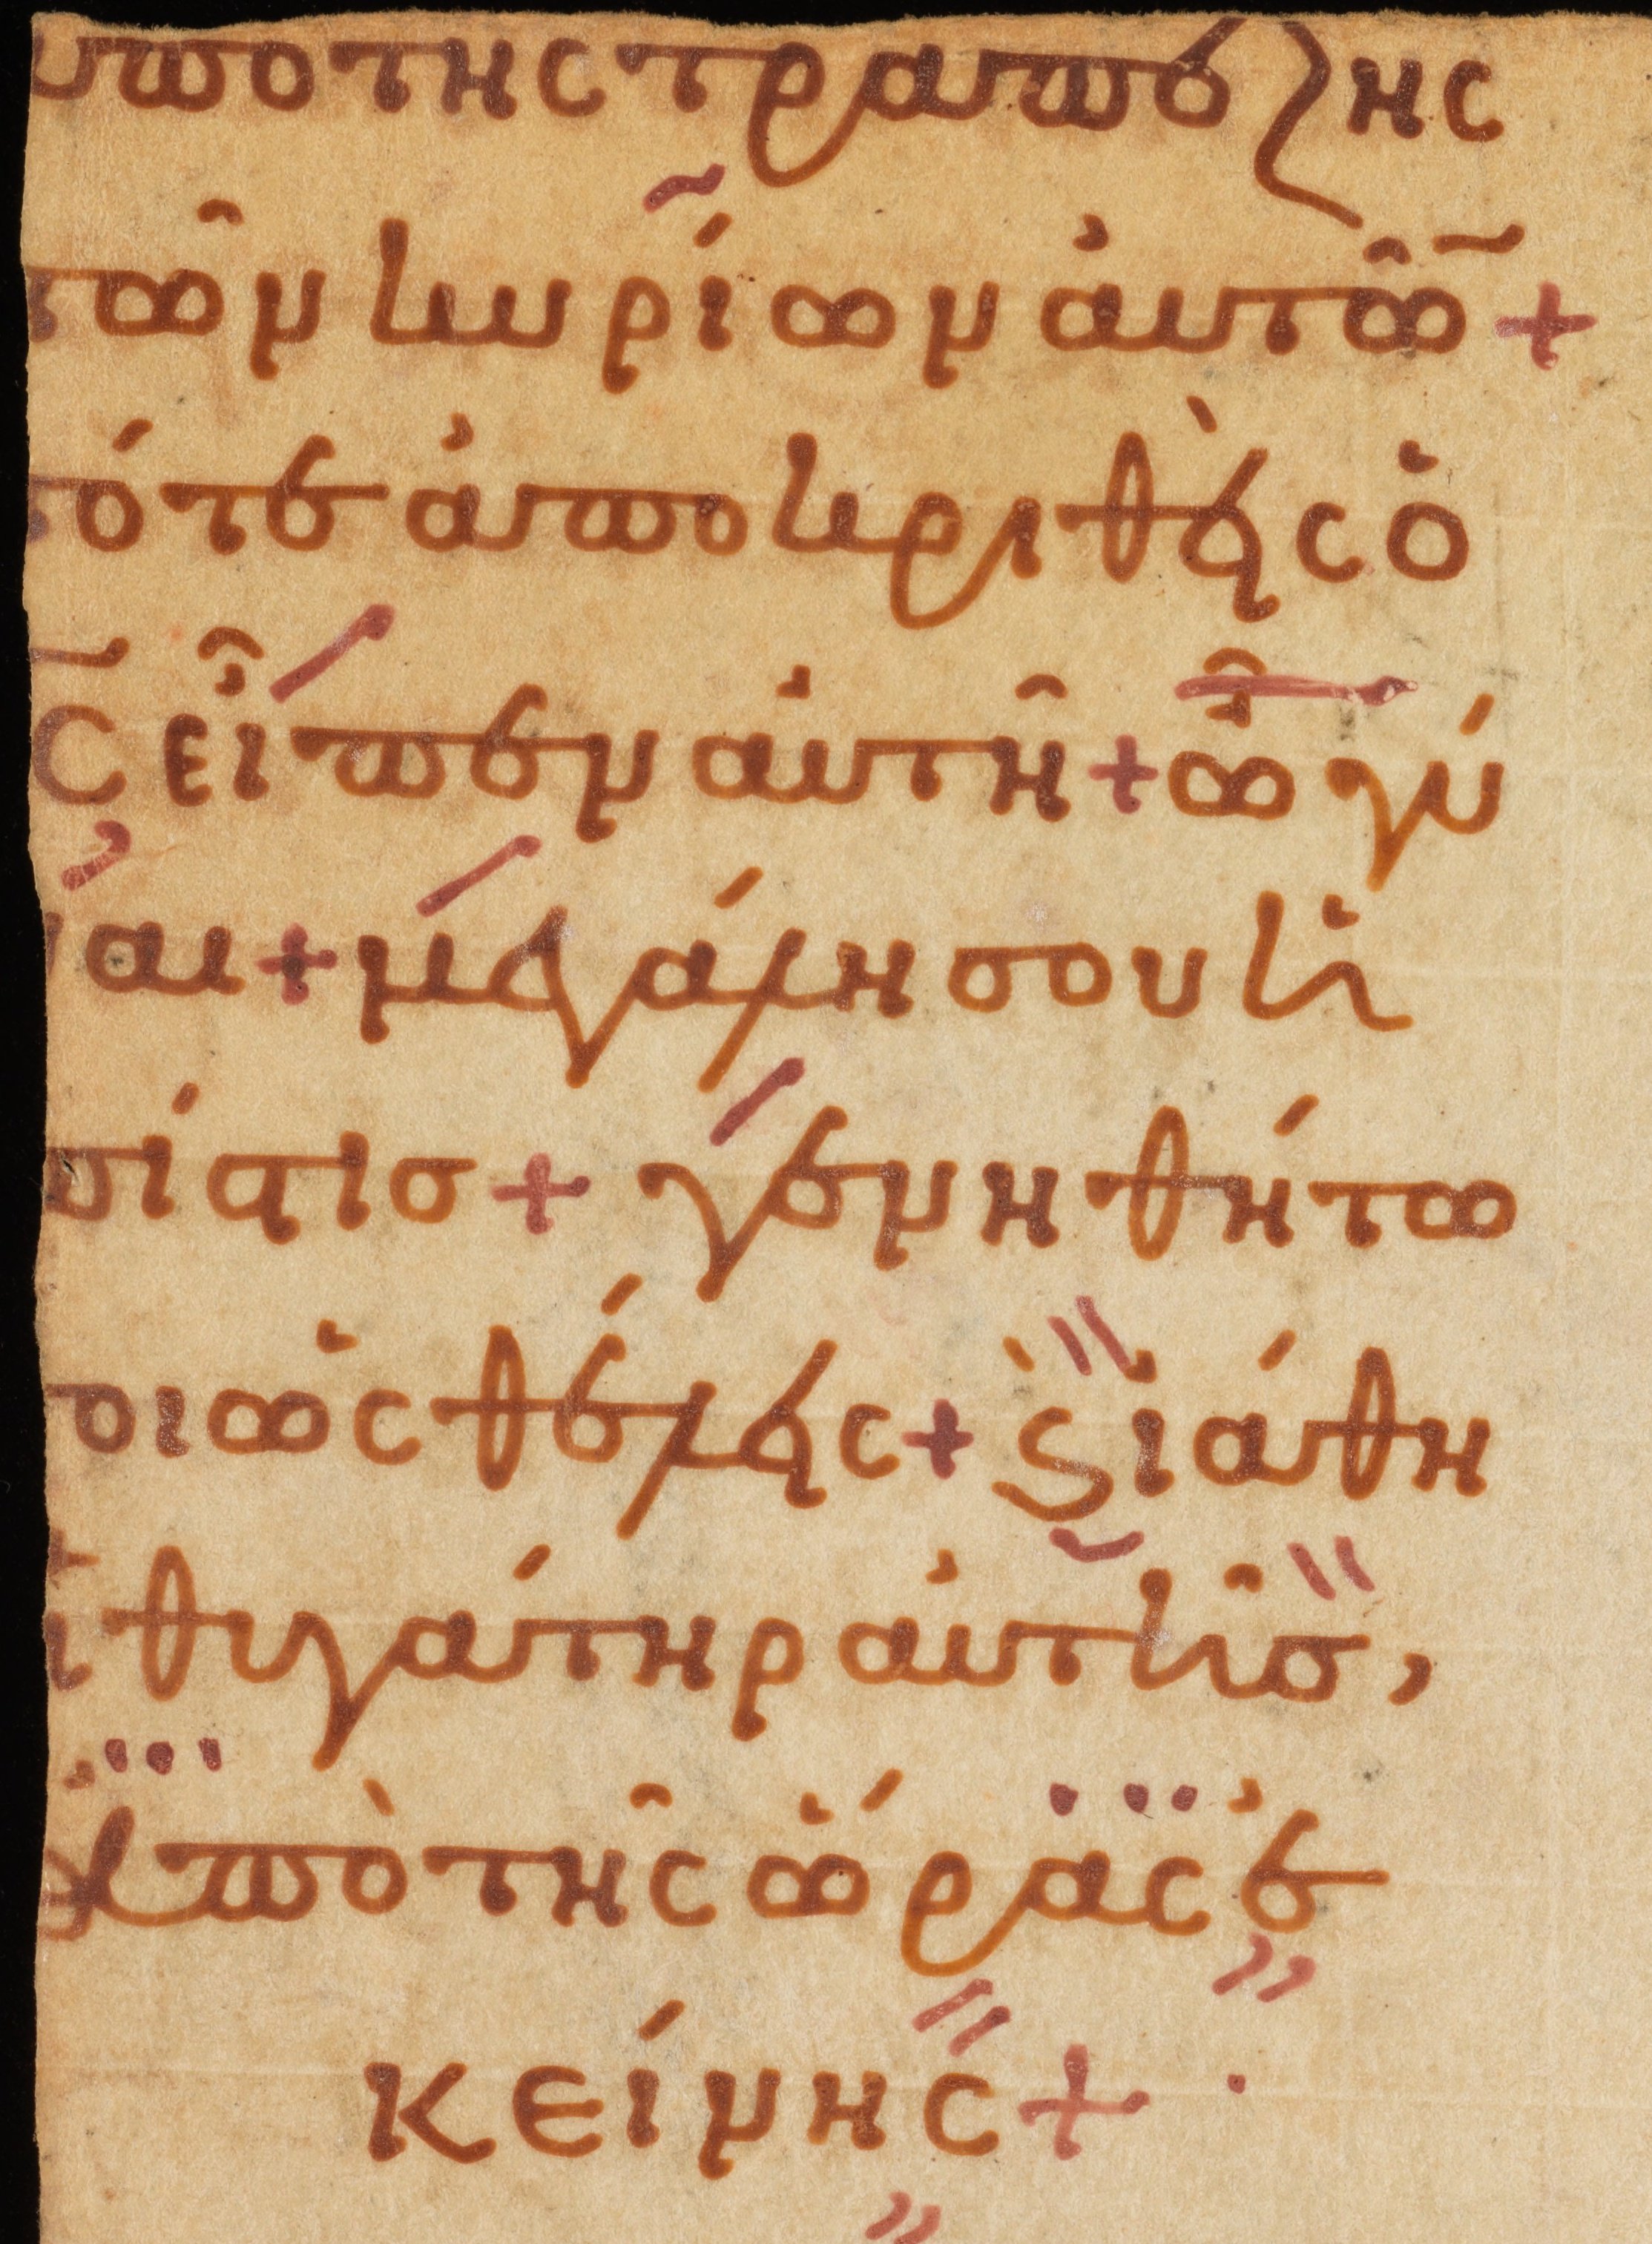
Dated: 1000–1099